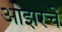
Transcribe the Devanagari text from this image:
ओझरचे